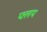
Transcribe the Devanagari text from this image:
फ्लप